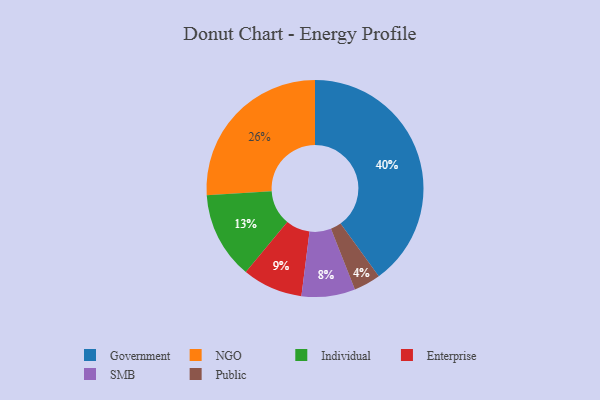
{"axis": {"x": "Category", "y": "Percentage"}, "legend": ["Enterprise", "Government", "Individual", "NGO", "Public", "SMB"], "data": [{"x": "Government", "y": 40, "type": "Government"}, {"x": "SMB", "y": 8, "type": "SMB"}, {"x": "Public", "y": 4, "type": "Public"}, {"x": "Individual", "y": 13, "type": "Individual"}, {"x": "Enterprise", "y": 9, "type": "Enterprise"}, {"x": "NGO", "y": 26, "type": "NGO"}]}